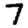
Digit: 7